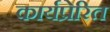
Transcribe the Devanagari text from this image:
कार्यप्रेरित